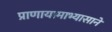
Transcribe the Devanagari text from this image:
प्राणायामाभ्यासाने